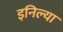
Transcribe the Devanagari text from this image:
इनिल्या